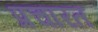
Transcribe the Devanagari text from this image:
प्रचारत